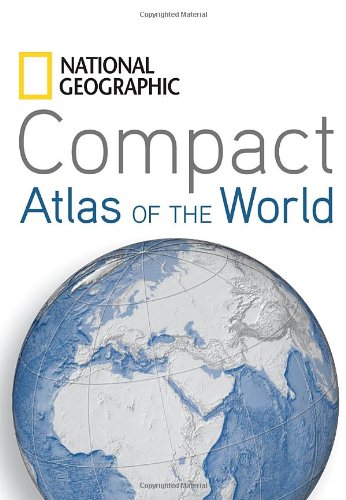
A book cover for Compact Atlas of the World; National Geographic; Reference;